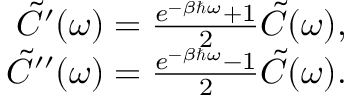
\begin{array} { r } { \tilde { C } ^ { \prime } ( \omega ) = \frac { e ^ { - \beta \hbar \omega } + 1 } { 2 } \tilde { C } ( \omega ) , } \\ { \tilde { C } ^ { \prime \prime } ( \omega ) = \frac { e ^ { - \beta \hbar \omega } - 1 } { 2 } \tilde { C } ( \omega ) . } \end{array}